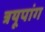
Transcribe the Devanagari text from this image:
त्रयूपांग